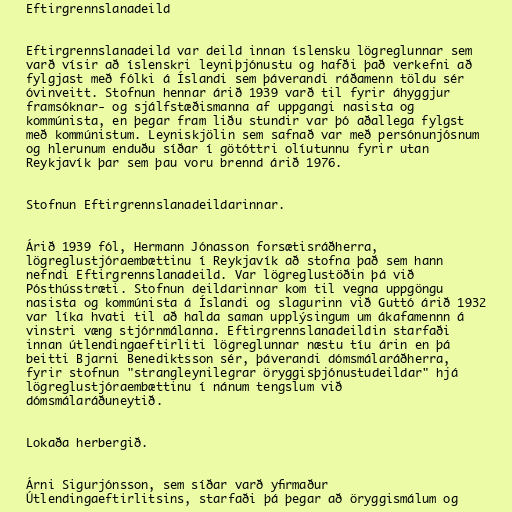
Eftirgrennslanadeild

Eftirgrennslanadeild var deild innan íslensku lögreglunnar sem
varð vísir að íslenskri leyniþjónustu og hafði það verkefni að
fylgjast með fólki á Íslandi sem þáverandi ráðamenn töldu sér
óvinveitt. Stofnun hennar árið 1939 varð til fyrir áhyggjur
framsóknar- og sjálfstæðismanna af uppgangi nasista og
kommúnista, en þegar fram liðu stundir var þó aðallega fylgst
með kommúnistum. Leyniskjölin sem safnað var með persónunjósnum
og hlerunum enduðu síðar í götóttri olíutunnu fyrir utan
Reykjavík þar sem þau voru brennd árið 1976.

Stofnun Eftirgrennslanadeildarinnar.

Árið 1939 fól, Hermann Jónasson forsætisráðherra,
lögreglustjóraembættinu í Reykjavík að stofna það sem hann
nefndi Eftirgrennslanadeild. Var lögreglustöðin þá við
Pósthússtræti. Stofnun deildarinnar kom til vegna uppgöngu
nasista og kommúnista á Íslandi og slagurinn við Guttó árið 1932
var líka hvati til að halda saman upplýsingum um ákafamennn á
vinstri væng stjórnmálanna. Eftirgrennslanadeildin starfaði
innan útlendingaeftirliti lögreglunnar næstu tíu árin en þá
beitti Bjarni Benediktsson sér, þáverandi dómsmálaráðherra,
fyrir stofnun "strangleynilegrar öryggisþjónustudeildar" hjá
lögreglustjóraembættinu í nánum tengslum við
dómsmálaráðuneytið.

Lokaða herbergið.

Árni Sigurjónsson, sem síðar varð yfirmaður
Útlendingaeftirlitsins, starfaði þá þegar að öryggismálum og